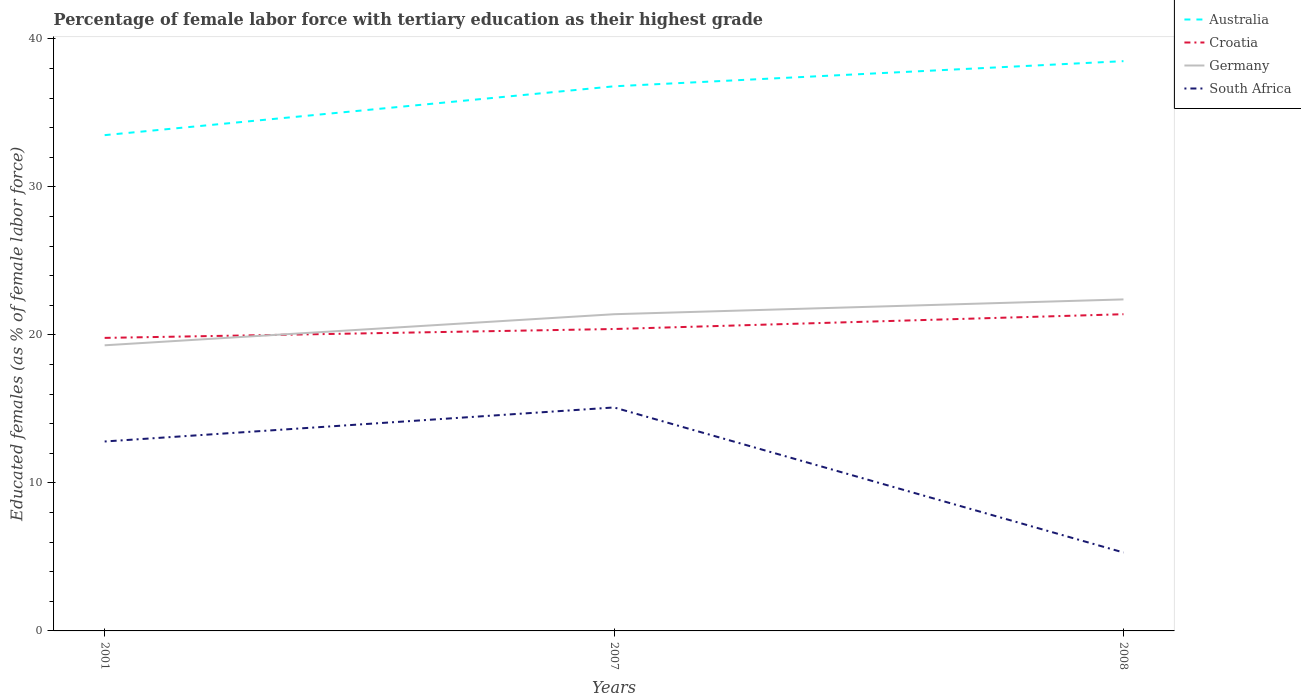
| Years | Australia | Croatia | Germany | South Africa |
 | --- | --- | --- | --- | --- |
 | 2001 | 33.5 | 19.8 | 19.3 | 12.8 |
 | 2007 | 36.8 | 20.4 | 21.4 | 15.1 |
 | 2008 | 38.5 | 21.4 | 22.4 | 5.3 |